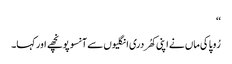
‘‘
رُوپا کی ماں نے اپنی کھُردری انگلیوں سے آنسو پونچھے اور کہا۔